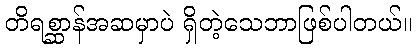
တိရစ္ဆာန်အဆမှာပဲ ရှိတဲ့သေဘာဖြစ်ပါတယ်။